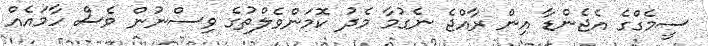
ސީމެގްގެ އެޖެންޑާ އިން ރާއްޖެ ނެގުމާ މެދު ކޮމަންވެލްތުގެ ވިސްނުން ވެސް ހާމައެއް